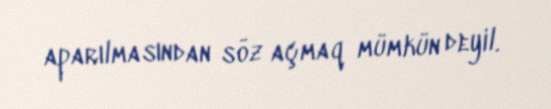
aparılmasından söz açmaq mümkün deyil.